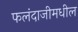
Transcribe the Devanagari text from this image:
फलंदाजीमधील